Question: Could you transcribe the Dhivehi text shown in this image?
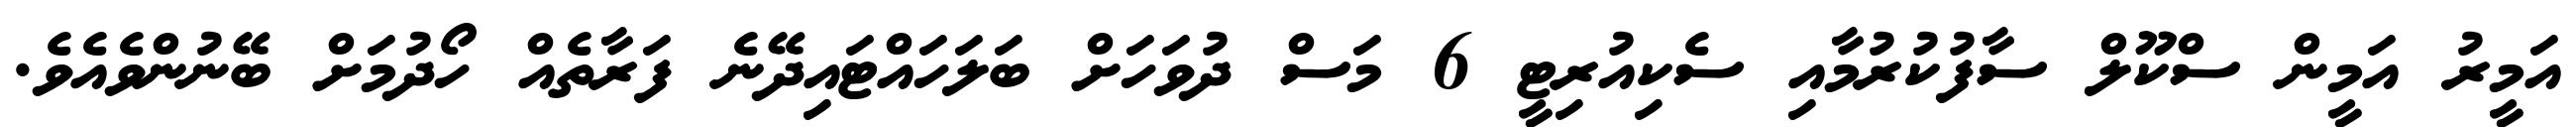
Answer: އަމީރު އަމީން ސްކޫލް ސާފުކުރުމާއި ސެކިއުރިޓީ 6 މަސް ދުވަހަށް ބަލަހައްޓައިދޭނެ ފަރާތެއް ހޯދުމަށް ބޭނުންވެއެވެ.